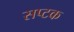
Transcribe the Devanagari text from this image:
सप्टक